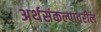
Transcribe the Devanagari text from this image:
अर्थसंकल्पावरील